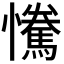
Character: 𢥂